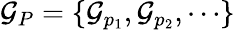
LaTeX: {\mathcal{G}}_{P}=\{ {\mathcal{G}}_{p_{1}},{\mathcal{G}}_{p_{2}},\cdots\}